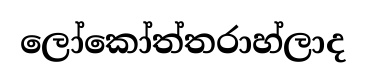
ලෝකෝත්තරාහ්ලාද